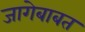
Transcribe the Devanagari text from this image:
जागेबाबत